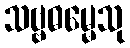
သဗ္ဗဓမ္မေသု